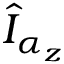
\hat { I } _ { \alpha _ { z } }